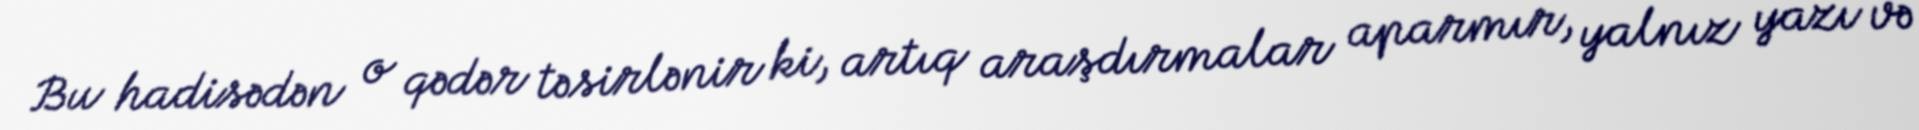
Bu hadisədən o qədər təsirlənir ki, artıq araşdırmalar aparmır, yalnız yazı və